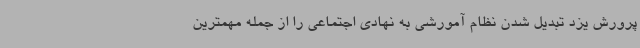
پرورش یزد تبدیل شدن نظام آمورشی به نهادی اجتماعی را از جمله مهمترین